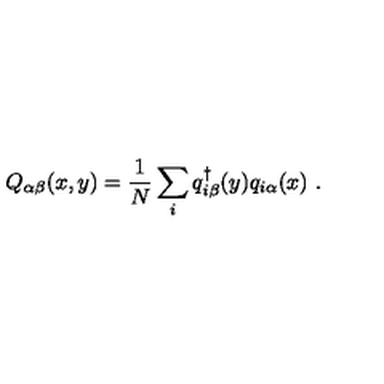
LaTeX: Q _ { \alpha \beta } ( x , y ) = \frac { 1 } { N } \sum _ { i } q _ { i \beta } ^ { \dagger } ( y ) q _ { i \alpha } ( x ) \ .